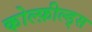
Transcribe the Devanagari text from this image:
कोल्फ़ील्ड्स